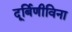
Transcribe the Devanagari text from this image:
दूर्बिणीविना